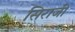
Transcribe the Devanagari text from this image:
सिराजी